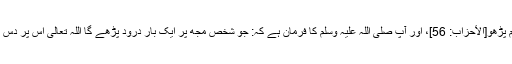
تم بھی ان پر درود و سلام پڑھو[الأحزاب: 56]، اور آپ صلی اللہ علیہ وسلم کا فرمان ہے کہ: جو شخص مجھ پر ایک بار درود پڑھے گا اللہ تعالی اس پر دس رحمتیں نازل فرمائے گا۔